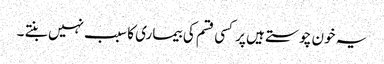
یہ خون چوستے ہیں پر کسی قسم کی بیماری کا سبب نہیں بنتے ۔